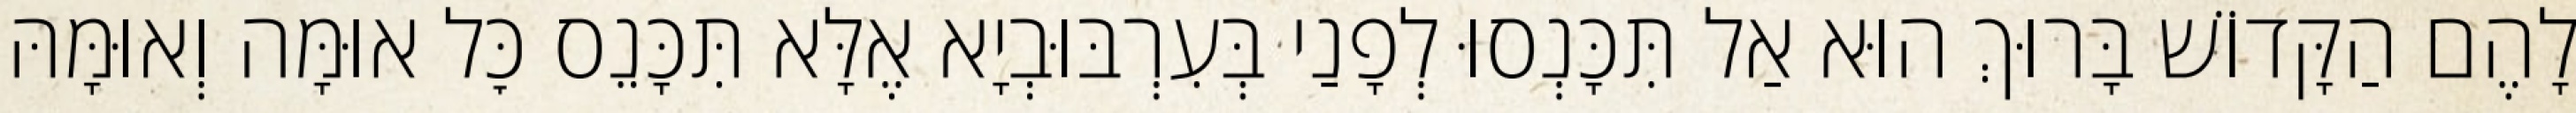
לָהֶם הַקָּדוֹשׁ בָּרוּךְ הוּא אַל תִּכָּנְסוּ לְפָנַי בְּעִרְבּוּבְיָא אֶלָּא תִּכָּנֵס כׇּל אוּמָּה וְאוּמָּהּ